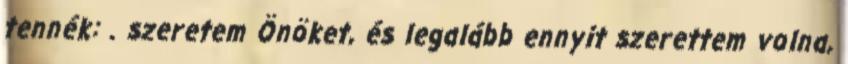
tennék: . szeretem Önöket, és legalább ennyit szerettem volna,